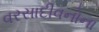
વરસાદીવનોના